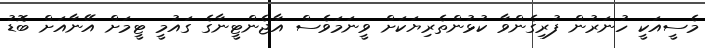
މެސީއަކީ ހުނަރުން ފުރިގެންވާ ކުޅުންތެރިޔަކަށް ވީނަމަވެސް އާޖެންޓީނާގެ ގައުމީ ޓީމަށް އޭނާއަށް ބޮޑު